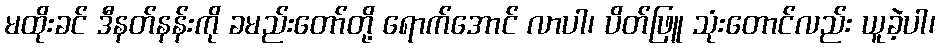
မထိုးခင် ဒီနတ်နန်းကို ခမည်းတော်တို့ ရောက်အောင် လာပါ၊ ပိတ်ဖြူ သုံးတောင်လည်း ယူခဲ့ပါ၊